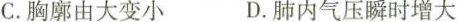
C.胸廓由大变小 D.肺内气压瞬时增大